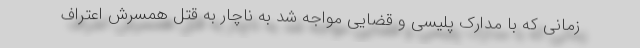
زمانی که با مدارک پلیسی و قضایی مواجه شد به ناچار به قتل همسرش اعتراف